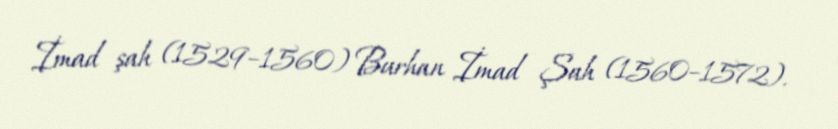
İmad şah (1529–1560) Burhan İmad Şah (1560–1572).